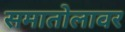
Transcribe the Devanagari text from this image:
समातोलावर